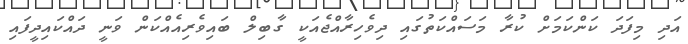
އަދި މިފަދަ ކަންކަމަށް ކުރާ މަސައްކަތުގައި ދިވެހިރާއްޖެއަކީ ގާބިލް ބައިވެރިއެއްކަން ވަނީ ދައްކައިދީފައި